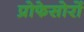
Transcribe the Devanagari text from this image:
प्रोफेसोरों